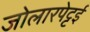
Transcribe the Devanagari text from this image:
जोलारपेट्टई